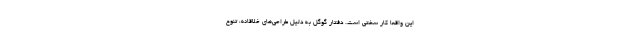
این واقعا کار سختی است. دفتار گوگل به دلیل طراحی‌های خلاقانه، تنوع